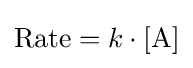
{\text{Rate}}=k\cdot [{\ce {A}}]